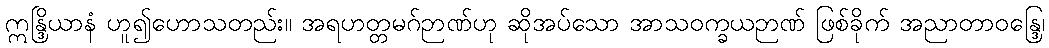
ဣန္ဒြိယာနံ ဟူ၍ဟောသတည်း။ အရဟတ္တမဂ်ဉာဏ်ဟု ဆိုအပ်သော အာသဝက္ခယဉာဏ် ဖြစ်ခိုက် အညာတာဝန္ဒြေ၊